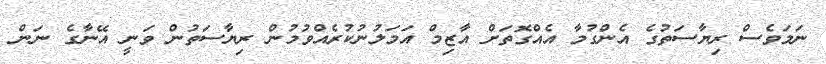
ނަމަވެސް ރިޔާސަތުގެ އެންގުމާ އެއްގޮތަށް އާޒިމް އަމަލުނުކުރެއްވުމުން ރިޔާސަތުން ވަނީ އޭނާގެ ނަން